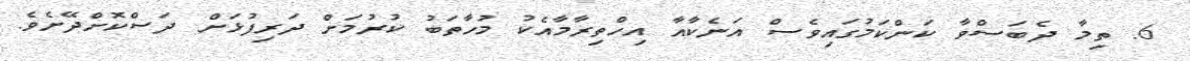
6. ތިމާ ދެބަސްވާ ކަންކަމުގައިވެސް އަނެކާއާ އިހްތިރާމާއެކު މުހާތަބު ކުރުމަށް ދަރިފުޅަށް ދަސްކޮށްދޭށެވެ.